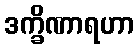
ဒက္ခိဏာရဟာ